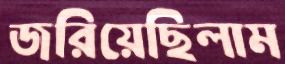
জরিয়েছিলাম